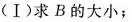
(Ⅰ)求B的大小；